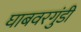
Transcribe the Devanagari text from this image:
घाबवरगुंडी